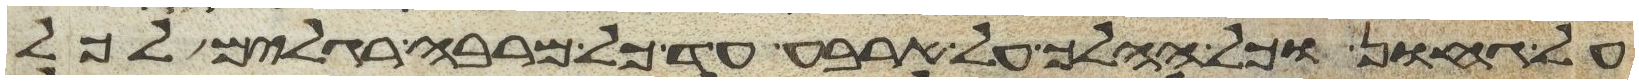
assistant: על גחון וכל ההלך על ארבע עד כל מרבה רגלים לכל